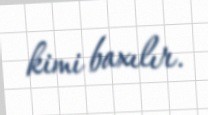
kimi baxılır.